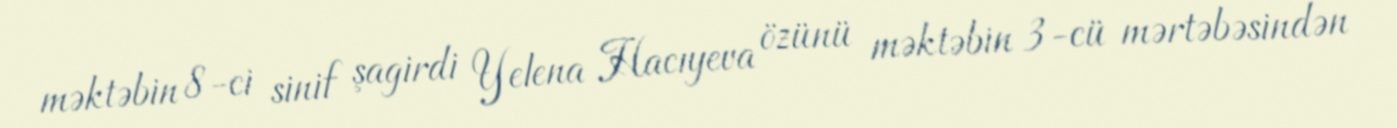
məktəbin 8-ci sinif şagirdi Yelena Hacıyeva özünü məktəbin 3-cü mərtəbəsindən